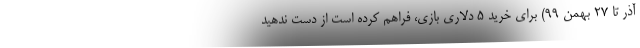
آذر تا 27 بهمن 99) برای خرید 5 دلاری بازی، فراهم کرده است از دست ندهید